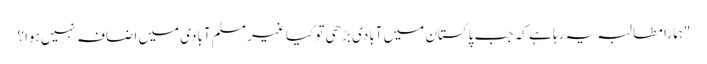
"ہمارا مطالبہ یہ رہا ہے کہ جب پاکستان میں آبادی بڑھی تو کیا غیر مسلم آبادی میں اضافہ نہیں ہوا؟